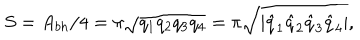
S = A _ { b h } / 4 = \pi \sqrt { q _ { 1 } q _ { 2 } q _ { 3 } q _ { 4 } } = \pi \sqrt { | \hat { q } _ { 1 } \hat { q } _ { 2 } \hat { q } _ { 3 } \hat { q } _ { 4 } | } ,